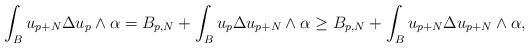
LaTeX: \begin{align*} \begin{aligned} \int_B u_{p+N}\Delta u_p\wedge\alpha &=B_{p,N}+\int_B u_p \Delta u_{p+N} \wedge\alpha \geq B_{p,N}+\int_B u_{p+N}\Delta u_{p+N}\wedge\alpha,\end{aligned} \end{align*}